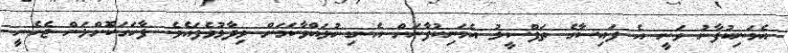
އެމަނިކުފާނު ވަނީ އެ ފައިސާގެ ތަފްސީލު އެމަނިކުފާނަށް އެނގިނުލައްވާކަމަށް ވިދާޅުވެފައެވެ. ފާހަގަކޮށްލަން ޖެހެނީ